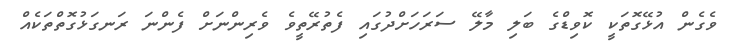
ވެގެން އުޅޭގޮތަކީ ކޮވިޑްގެ ބަލި މާލޭ ސަރަހަށްދުގައި ފެތުރޭތީވެ ވެރިންނަށް ފެންނަ ރަނގަޅުގޮތްތަކެއް